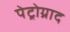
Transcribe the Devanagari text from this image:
पेट्रोग्राद